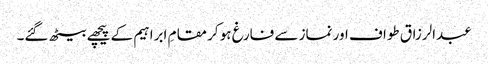
عبدالرزاق طواف اور نماز سے فارغ ہو کر مقامِ ابراہیم کے پیچھے بیٹھ گئے۔